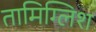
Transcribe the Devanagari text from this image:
तामिग्लिश